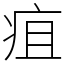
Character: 疽